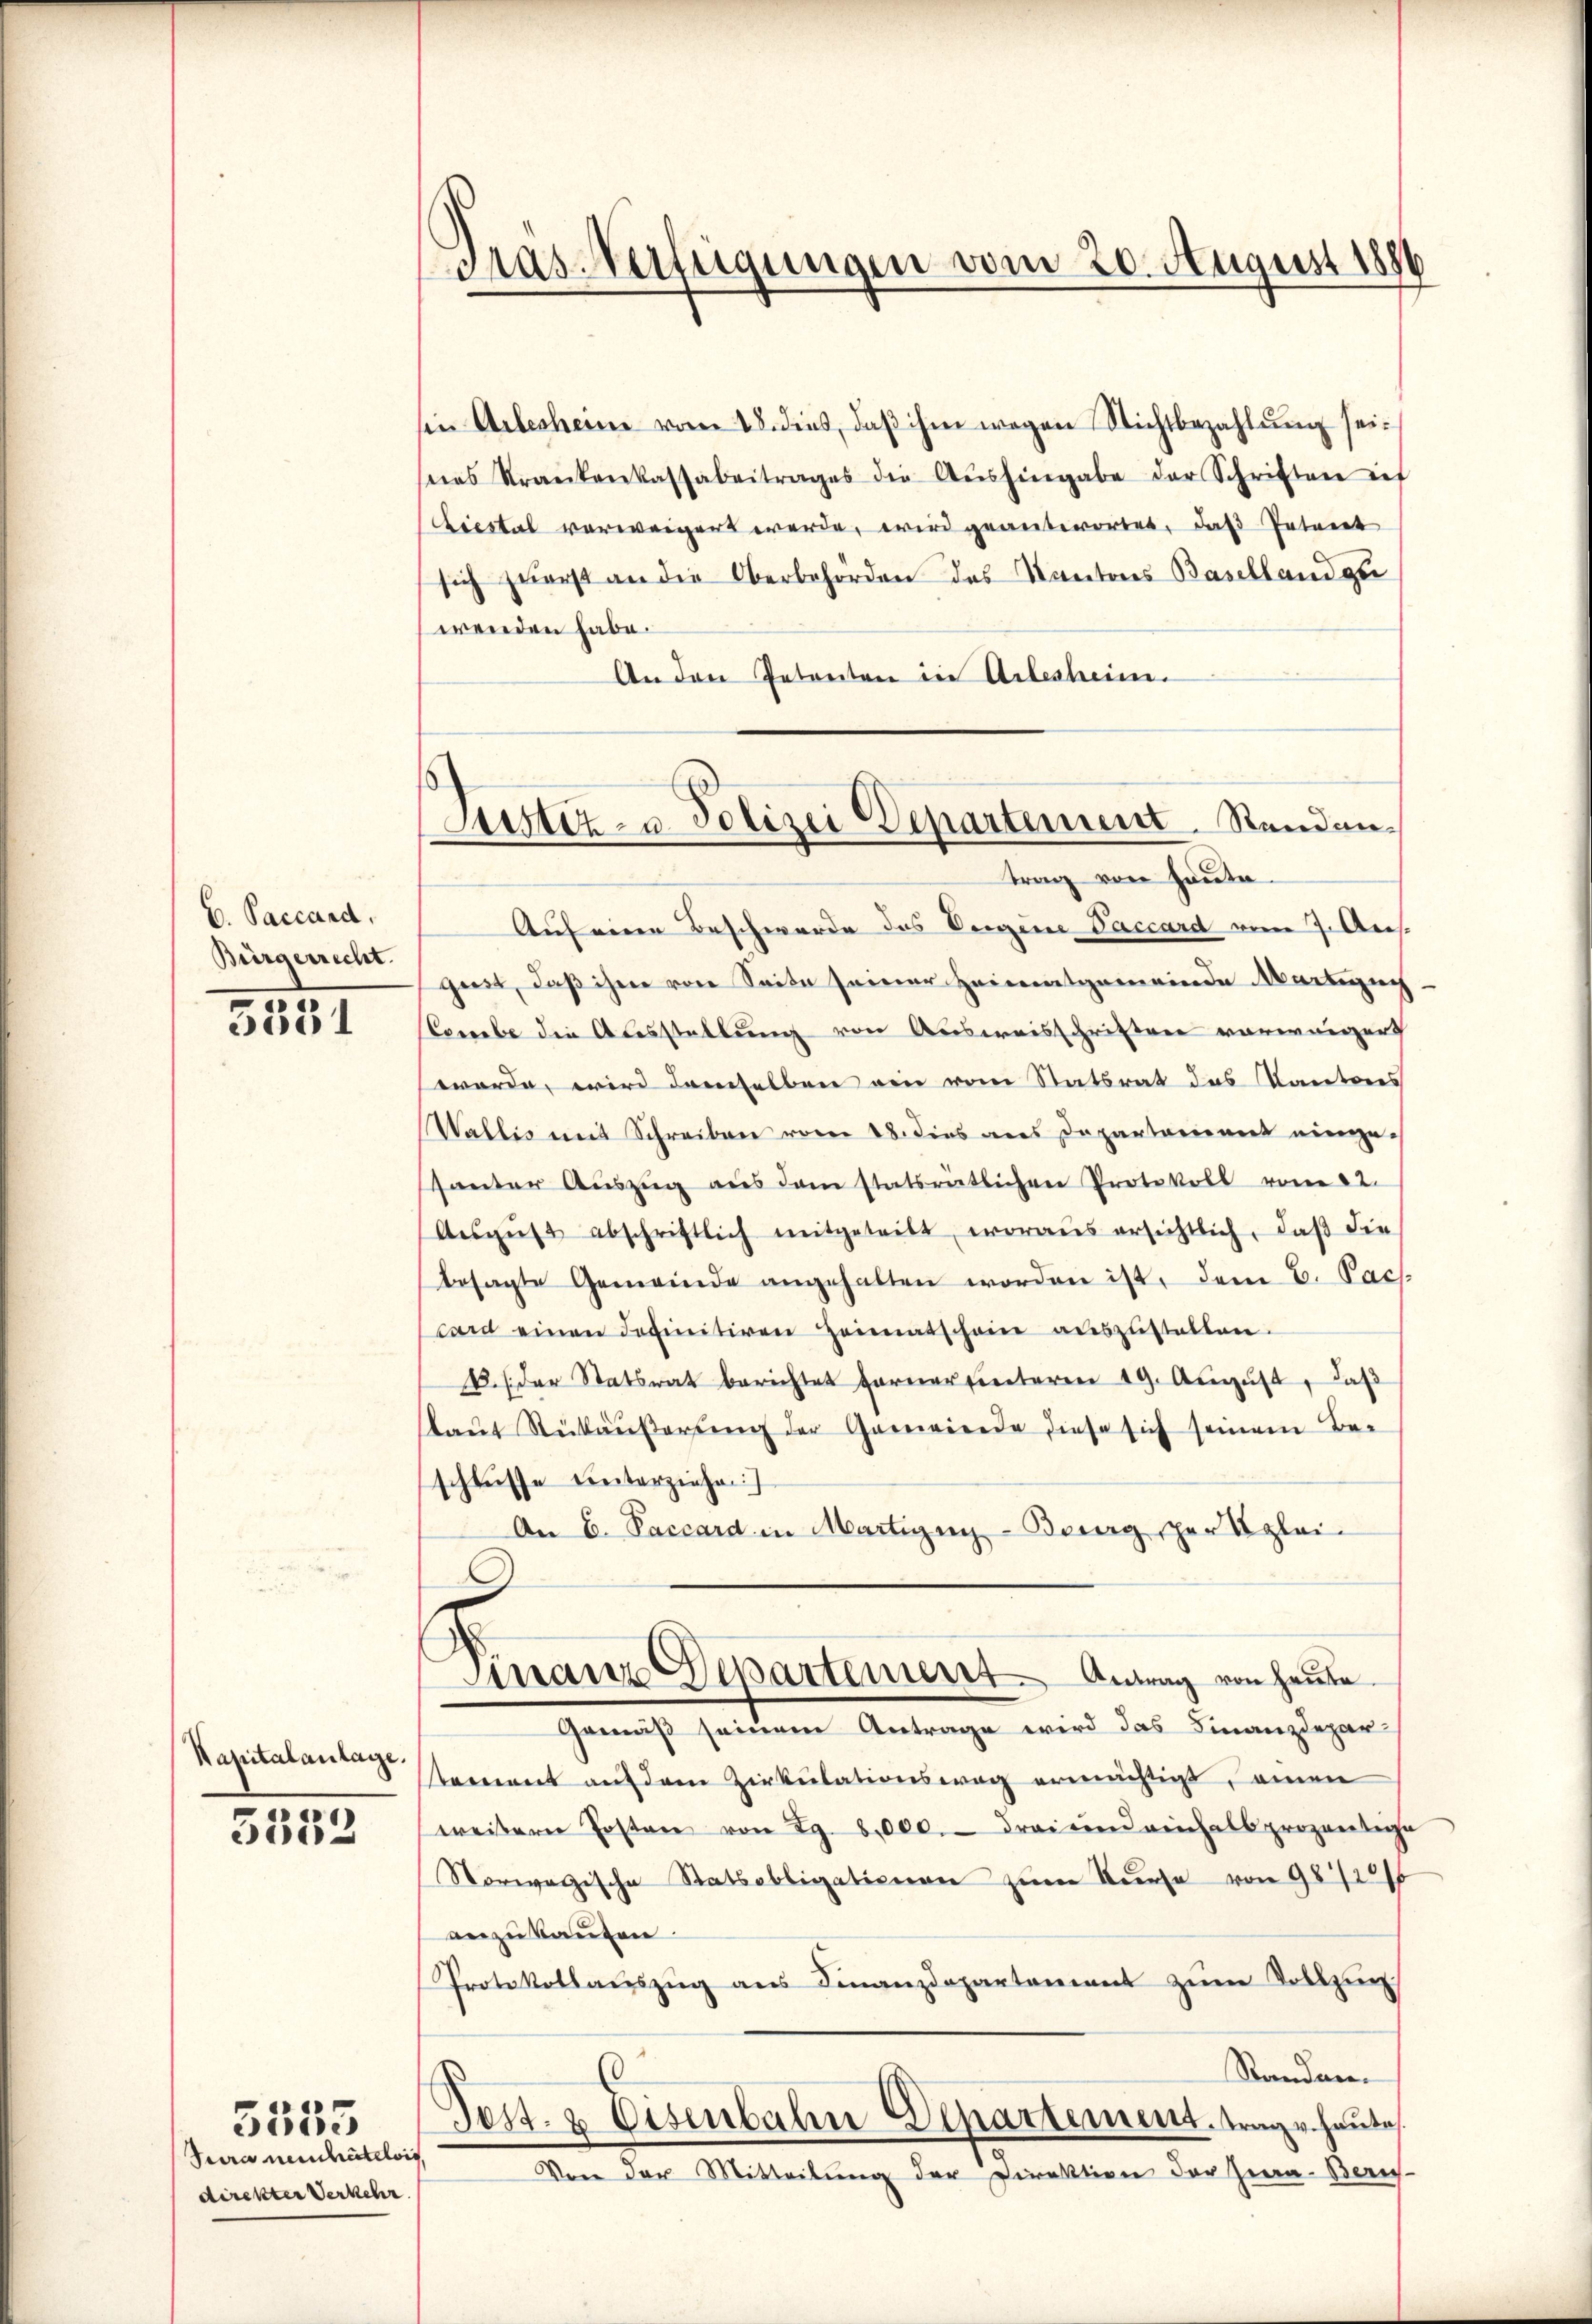
C. Paccard.
Bürgerrecht.

5331

Wapitalanlage.
5553

Jura neuchâtelois
direkter Verkehr

e
ei

sin Arbesheim vom 18. dies, daß ihm wegen Nichtbezahlung seinas Krankenkassabetrages die Aŭshingabe der Schriften ich
Liestal verweigert werde, wird geantwortet, daß Petenet
sich zuerst an die Oberbehörden des Kantons Baselland gu
wenden habe.
An den Petenten in Arlesheim.
Auf einen Beschwerde des Vergene Paccard vom 7. Ausgweit, daß ihre von Seite seiner Heimatgemeinde Martinach
Conabe die Ausstellung von Ausweisschriften vorweigert
werde, wird demselben ein vom Statsrat das Kantons
Wallis mit Schreiben vom 18. dies aus Departarionent einge-
hanter Auszug aus dem statsrätlichen Protokoll vom 22.
Aŭgŭst abschriftlich mitgeteilt, woraŭs ersichtlich, daβ die
besagte Gemeinde angehalten worden ist, dem C. Pach
card einen definitiven Heimatscheine auszustellen.
u. / der Statsrat berichtet ferner finteren 19. August, daß
laŭt Rückäŭβerŭng der Ganwiede diese sich seinem Beschlusse unterziehen
An E. Paccard in Martigny-Burg, per glei¬
Finanz Departement. Antrag von heute.
Gemäß seinem Antrage wird das Finanzdepar-
tement auf dem Zirkulationsweg ermächtigt, einen
weitern Posten von 29. 6000. Frei und reichallprozentige
Sorwegische Ratsobligationen zŭm Kŭrse von 981226
anzukaufen.
Protokollaŭszŭg ans Finanzdepartement zŭm Vollzŭn
Standen.
Post- & Eisenbahn Departement trage heute
Von der Mitteilung der Direktion der Zwa. Beric

gras Verfügungen vom 20. August 1886

Justiz- u. Polizei Departement. Sendantrag von Haute.